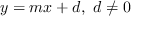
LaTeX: y = m x + d , \ d \neq 0